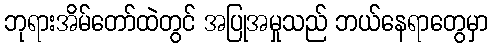
ဘုရားအိမ်တော်ထဲတွင် အပြုအမှုသည် ဘယ်နေရာတွေမှာ